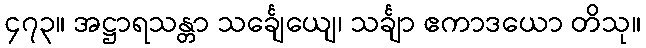
၄၇၃။ အဋ္ဌာရသန္တာ သင်္ချေယျေ၊ သင်္ချာ ဧကာဒယော တိသု။